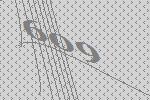
609